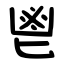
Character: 鬯